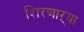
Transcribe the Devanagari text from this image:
शिरणाऱ्या